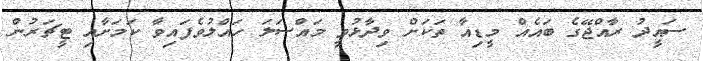
ސައީދު ރާއްޖޭގެ ބައެއް މީޑިއާ ތަކަށް ވިދާޅުވީ މައްސަލަ ހައްލުވެފައިވާ ކަމަށާއި ޓީޗަރުން